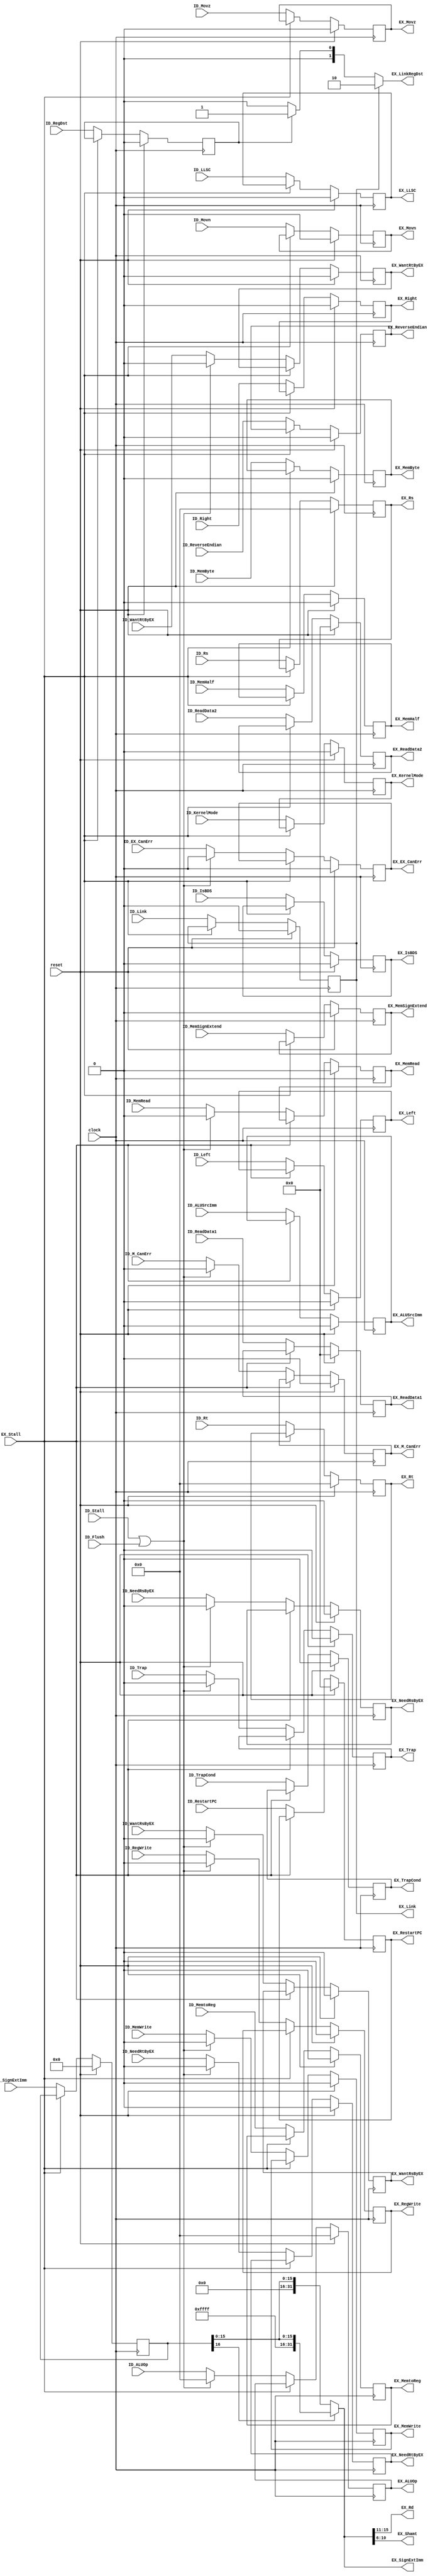
`timescale 1ns / 1ps
/*
 * Project      : University of Utah, XUM Project MIPS32 core
 * Creator(s)   : Grant Ayers (ayers@cs.utah.edu)
 *
 * Modification History:
 *   Rev   Date         Initials  Description of Change
 *   1.0   9-Jun-2011   GEA       Initial design.
 *   2.0   26-Jul-2012  GEA       Many updates have been made.
 *
 * Standards/Formatting:
 *   Verilog 2001, 4 soft tab, wide column.
 *
 * Description:
 *   The Pipeline Register to bridge the Instruction Decode
 *   and Execute stages.
 */
module IDEX_Stage(
    input  clock,
    input  reset,
    input  ID_Flush,
    input  ID_Stall,
    input  EX_Stall,
    // Control Signals
    input  ID_Link,
    input  ID_RegDst,
    input  ID_ALUSrcImm,
    input  [4:0] ID_ALUOp,
    input  ID_Movn,
    input  ID_Movz,
    input  ID_LLSC,
    input  ID_MemRead,
    input  ID_MemWrite,
    input  ID_MemByte,
    input  ID_MemHalf,
    input  ID_MemSignExtend,
    input  ID_Left,
    input  ID_Right,
    input  ID_RegWrite,
    input  ID_MemtoReg,
    input  ID_ReverseEndian,
    // Hazard & Forwarding
    input  [4:0] ID_Rs,
    input  [4:0] ID_Rt,
    input  ID_WantRsByEX,
    input  ID_NeedRsByEX,
    input  ID_WantRtByEX,
    input  ID_NeedRtByEX,
    // Exception Control/Info
    input  ID_KernelMode,
    input  [31:0] ID_RestartPC,
    input  ID_IsBDS,
    input  ID_Trap,
    input  ID_TrapCond,
    input  ID_EX_CanErr,
    input  ID_M_CanErr,
    // Data Signals
    input  [31:0] ID_ReadData1,
    input  [31:0] ID_ReadData2,
    input  [16:0] ID_SignExtImm, // ID_Rd, ID_Shamt included here
    // ----------------
    output reg EX_Link,
    output [1:0] EX_LinkRegDst,
    output reg EX_ALUSrcImm,
    output reg [4:0] EX_ALUOp,
    output reg EX_Movn,
    output reg EX_Movz,
    output reg EX_LLSC,
    output reg EX_MemRead,
    output reg EX_MemWrite,
    output reg EX_MemByte,
    output reg EX_MemHalf,
    output reg EX_MemSignExtend,
    output reg EX_Left,
    output reg EX_Right,
    output reg EX_RegWrite,
    output reg EX_MemtoReg,
    output reg EX_ReverseEndian,
    output reg [4:0]  EX_Rs,
    output reg [4:0]  EX_Rt,
    output reg EX_WantRsByEX,
    output reg EX_NeedRsByEX,
    output reg EX_WantRtByEX,
    output reg EX_NeedRtByEX,
    output reg EX_KernelMode,
    output reg [31:0] EX_RestartPC,
    output reg EX_IsBDS,
    output reg EX_Trap,
    output reg EX_TrapCond,
    output reg EX_EX_CanErr,
    output reg EX_M_CanErr,
    output reg [31:0] EX_ReadData1,
    output reg [31:0] EX_ReadData2,
    output [31:0] EX_SignExtImm,
    output [4:0]      EX_Rd,
    output [4:0]      EX_Shamt
    );

    /***
     The purpose of a pipeline register is to capture data from one pipeline stage
     and provide it to the next pipeline stage. This creates at least one clock cycle
     of delay, but reduces the combinatorial path length of signals which allows for
     higher clock speeds.
     
     All pipeline registers update unless the forward stage is stalled. When this occurs
     or when the current stage is being flushed, the forward stage will receive data that
     is effectively a NOP and causes nothing to happen throughout the remaining pipeline
     traversal. In other words:
     
     A stall masks all control signals to forward stages. A flush permanently clears
     control signals to forward stages (but not certain data for exception purposes).
    ***/
    
    reg [16:0] EX_SignExtImm_pre;
    reg EX_RegDst;
    assign EX_LinkRegDst = (EX_Link) ? 2'b10 : ((EX_RegDst) ? 2'b01 : 2'b00);   
    assign EX_Rd = EX_SignExtImm[15:11];
    assign EX_Shamt = EX_SignExtImm[10:6];
    assign EX_SignExtImm = (EX_SignExtImm_pre[16]) ? {15'h7fff, EX_SignExtImm_pre[16:0]} : {15'h0000, EX_SignExtImm_pre[16:0]};
    
    always @(posedge clock) begin
        EX_Link           <= (reset) ? 0     : ((EX_Stall) ? EX_Link                                       : ID_Link);
        EX_RegDst         <= (reset) ? 0     : ((EX_Stall) ? EX_RegDst                                     : ID_RegDst);
        EX_ALUSrcImm      <= (reset) ? 0     : ((EX_Stall) ? EX_ALUSrcImm                                  : ID_ALUSrcImm);
        EX_ALUOp          <= (reset) ? 5'b0  : ((EX_Stall) ? EX_ALUOp         : ((ID_Stall | ID_Flush) ? 5'b0 : ID_ALUOp));
        EX_Movn           <= (reset) ? 0     : ((EX_Stall) ? EX_Movn                                       : ID_Movn);
        EX_Movz           <= (reset) ? 0     : ((EX_Stall) ? EX_Movz                                       : ID_Movz);
        EX_LLSC           <= (reset) ? 0     : ((EX_Stall) ? EX_LLSC                                       : ID_LLSC);
        EX_MemRead        <= (reset) ? 0     : ((EX_Stall) ? EX_MemRead       : ((ID_Stall | ID_Flush) ? 0 : ID_MemRead));
        EX_MemWrite       <= (reset) ? 0     : ((EX_Stall) ? EX_MemWrite      : ((ID_Stall | ID_Flush) ? 0 : ID_MemWrite));
        EX_MemByte        <= (reset) ? 0     : ((EX_Stall) ? EX_MemByte                                    : ID_MemByte);
        EX_MemHalf        <= (reset) ? 0     : ((EX_Stall) ? EX_MemHalf                                    : ID_MemHalf);
        EX_MemSignExtend  <= (reset) ? 0     : ((EX_Stall) ? EX_MemSignExtend                              : ID_MemSignExtend);
        EX_Left           <= (reset) ? 0     : ((EX_Stall) ? EX_Left                                       : ID_Left);
        EX_Right          <= (reset) ? 0     : ((EX_Stall) ? EX_Right                                      : ID_Right);
        EX_RegWrite       <= (reset) ? 0     : ((EX_Stall) ? EX_RegWrite      : ((ID_Stall | ID_Flush) ? 0 : ID_RegWrite));
        EX_MemtoReg       <= (reset) ? 0     : ((EX_Stall) ? EX_MemtoReg                                   : ID_MemtoReg);
        EX_ReverseEndian  <= (reset) ? 0     : ((EX_Stall) ? EX_ReverseEndian                              : ID_ReverseEndian);
        EX_RestartPC      <= (reset) ? 32'b0 : ((EX_Stall) ? EX_RestartPC                                  : ID_RestartPC);
        EX_IsBDS          <= (reset) ? 0     : ((EX_Stall) ? EX_IsBDS                                      : ID_IsBDS);
        EX_Trap           <= (reset) ? 0     : ((EX_Stall) ? EX_Trap          : ((ID_Stall | ID_Flush) ? 0 : ID_Trap));
        EX_TrapCond       <= (reset) ? 0     : ((EX_Stall) ? EX_TrapCond                                   : ID_TrapCond);
        EX_EX_CanErr      <= (reset) ? 0     : ((EX_Stall) ? EX_EX_CanErr     : ((ID_Stall | ID_Flush) ? 0 : ID_EX_CanErr));
        EX_M_CanErr       <= (reset) ? 0     : ((EX_Stall) ? EX_M_CanErr      : ((ID_Stall | ID_Flush) ? 0 : ID_M_CanErr));
        EX_ReadData1      <= (reset) ? 32'b0 : ((EX_Stall) ? EX_ReadData1                                  : ID_ReadData1);
        EX_ReadData2      <= (reset) ? 32'b0 : ((EX_Stall) ? EX_ReadData2                                  : ID_ReadData2);
        EX_SignExtImm_pre <= (reset) ? 17'b0 : ((EX_Stall) ? EX_SignExtImm_pre                             : ID_SignExtImm);
        EX_Rs             <= (reset) ? 5'b0  : ((EX_Stall) ? EX_Rs                                         : ID_Rs);
        EX_Rt             <= (reset) ? 5'b0  : ((EX_Stall) ? EX_Rt                                         : ID_Rt);
        EX_WantRsByEX     <= (reset) ? 0     : ((EX_Stall) ? EX_WantRsByEX    : ((ID_Stall | ID_Flush) ? 0 : ID_WantRsByEX));
        EX_NeedRsByEX     <= (reset) ? 0     : ((EX_Stall) ? EX_NeedRsByEX    : ((ID_Stall | ID_Flush) ? 0 : ID_NeedRsByEX));
        EX_WantRtByEX     <= (reset) ? 0     : ((EX_Stall) ? EX_WantRtByEX    : ((ID_Stall | ID_Flush) ? 0 : ID_WantRtByEX));
        EX_NeedRtByEX     <= (reset) ? 0     : ((EX_Stall) ? EX_NeedRtByEX    : ((ID_Stall | ID_Flush) ? 0 : ID_NeedRtByEX));
        EX_KernelMode     <= (reset) ? 0     : ((EX_Stall) ? EX_KernelMode                                 : ID_KernelMode);
    end

endmodule